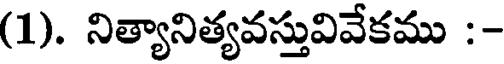
(1). నిత్యానిత్యవస్తువివేకము :-